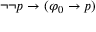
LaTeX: \neg \neg p \to ( \varphi _ { 0 } \to p )